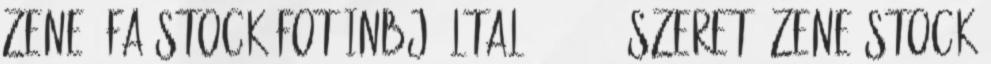
zene, fa Stock fotóinbj által27 5 025 szeret, zene Stock